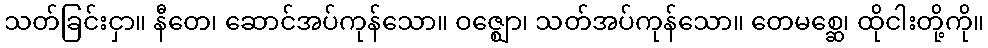
သတ်ခြင်းငှာ။ နီတေ၊ ဆောင်အပ်ကုန်သော။ ဝဇ္ဈော၊ သတ်အပ်ကုန်သော။ တေမစ္ဆေ၊ ထိုငါးတို့ကို။